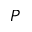
P